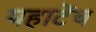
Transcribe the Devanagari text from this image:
पहाटेंच